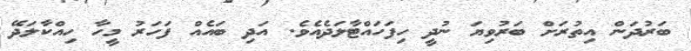
ބަރުދަން އިތުރަށް ބަރުވިޔަ ނުދީ ހިފަހައްޓާލަދެއެވެ. އަދި ބައެއް ފަހަރު މީހާ ހިއްކާލަދޭ